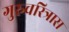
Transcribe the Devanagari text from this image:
गुरुचरित्रास